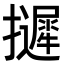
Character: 𢹌